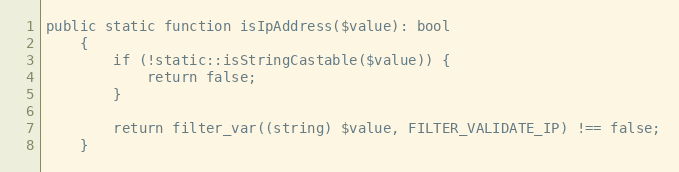
Language: PHP
public static function isIpAddress($value): bool
    {
        if (!static::isStringCastable($value)) {
            return false;
        }

        return filter_var((string) $value, FILTER_VALIDATE_IP) !== false;
    }